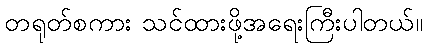
တရုတ်စကား သင်ထားဖို့အရေးကြီးပါတယ်။